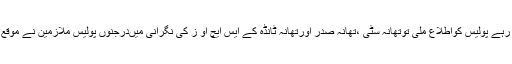
جس میںخواتین وبچے سینہ کوپی کرتے رہے پولیس کواطلاع ملی توتھانہ سٹی ،تھانہ صدر اورتھانہ ٹانڈہ کے ایس ایچ او ز کی نگرانی میںدرجنوں پولیس ملازمین نے موقع پر پہنچ کرعلاقے کوگھیرے میںلے لیا ۔